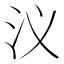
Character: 𮳃